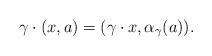
LaTeX: \begin{align*} \gamma\cdot (x,a)= (\gamma\cdot x,\alpha_{\gamma}(a)).\end{align*}